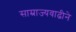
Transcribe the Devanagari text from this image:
साम्राज्यवाढीने